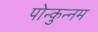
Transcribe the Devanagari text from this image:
पोन्कुन्नम